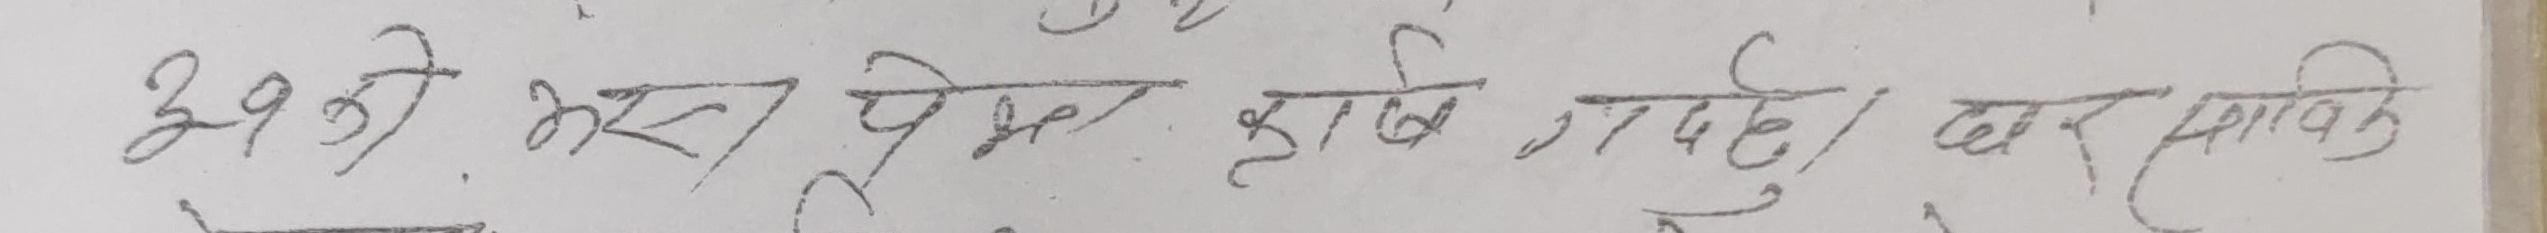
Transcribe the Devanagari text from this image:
३१ के भाएको कुरा छदैछ । घर मालिक